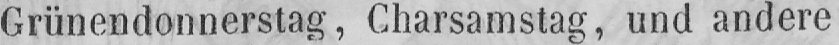
Grünendonnerstag, Charsamstag, und andere